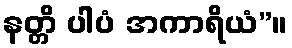
နတ္တိ ပါပံ အကာရိယံ”။